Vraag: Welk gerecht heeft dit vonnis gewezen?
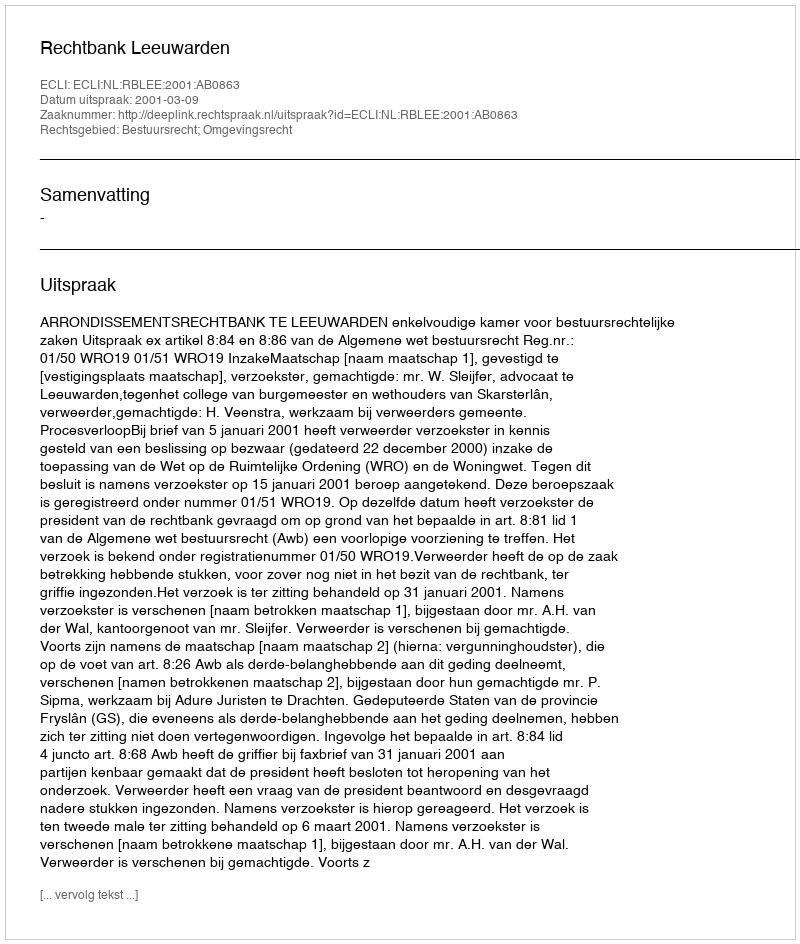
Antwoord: Rechtbank Leeuwarden